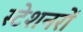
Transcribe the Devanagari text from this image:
स्टेशनरों